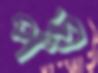
পন্ড